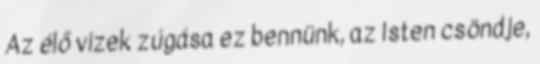
Az élő vizek zúgása ez bennünk, az Isten csöndje,